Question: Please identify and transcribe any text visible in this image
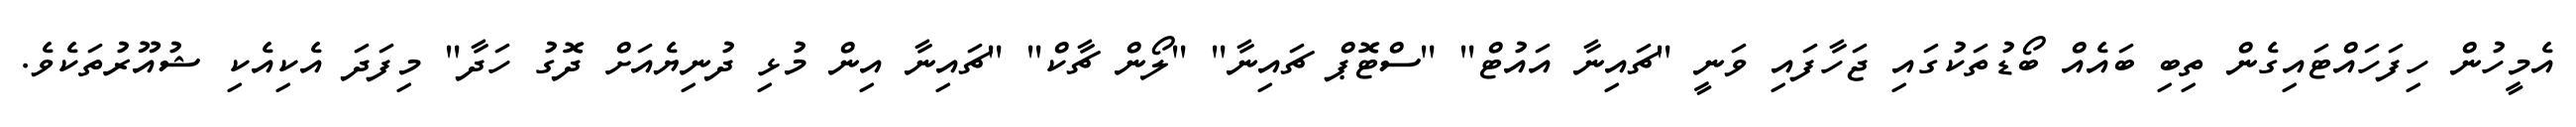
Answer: އެމީހުން ހިފަހައްޓައިގެން ތިބި ބައެއް ބޯޑުތަކުގައި ޖަހާފައި ވަނީ "ޗައިނާ އައުޓް" "ސްޓޮޕް ޗައިނާ" "ލޯން ޗާކް" "ޗައިނާ އިން މުޅި ދުނިޔެއަށް ދޮގު ހަދާ" މިފަދަ އެކިއެކި ޝުއޫރުތަކެވެ.